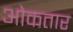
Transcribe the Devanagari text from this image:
ओकतार